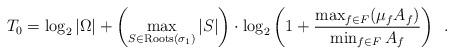
LaTeX: \begin{align*}T_0 = \log_2 | \Omega | + \left(\max_{ S \in \mathrm{Roots}(\sigma_1)} |S|\right) \cdot \log_2 \left(1 + \frac{ \max_{f \in F}(\mu_f A_f)}{ \min_{f \in F} A_f} \right) \enspace .\end{align*}